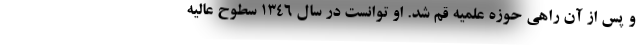
و پس از آن راهی حوزه علمیه قم شد. او توانست در سال 1346 سطوح عالیه